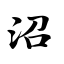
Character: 沼